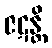
ဇဋန္တိ